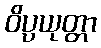
ဝိပ္ပယုတ္တာ